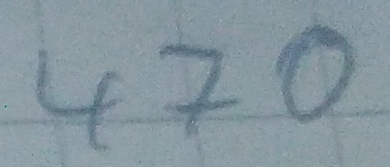
Text: 470